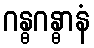
ဂန္ဓဂန္ဓာနံ